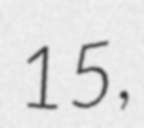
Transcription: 15,